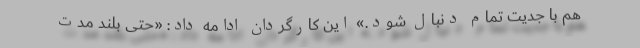
هم با جدیت تمام دنبال شود.» این کارگردان ادامه داد: «حتی بلند مدت